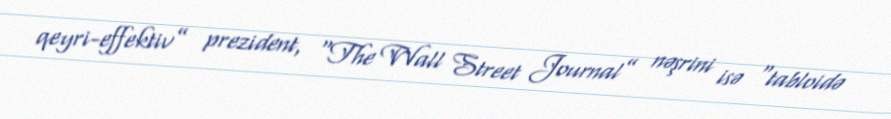
qeyri-effektiv” prezident, “The Wall Street Journal” nəşrini isə “tabloidə